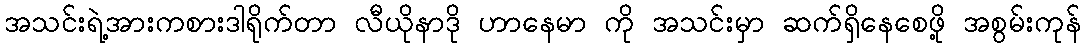
အသင်းရဲ့အားကစားဒါရိုက်တာ လီယိုနာဒို ဟာနေမာ ကို အသင်းမှာ ဆက်ရှိနေစေဖို့ အစွမ်းကုန်